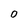
Character: 0